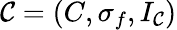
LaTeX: {\mathcal{C}}=(C,\sigma_{f},I_{\mathcal{C}})